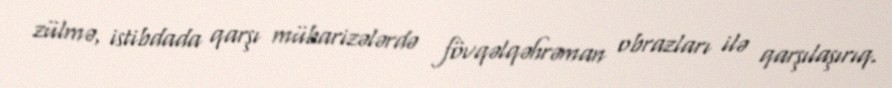
zülmə, istibdada qarşı mübarizələrdə fövqəlqəhrəman obrazları ilə qarşılaşırıq.